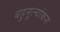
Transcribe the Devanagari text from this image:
बहुमूल्यांकन